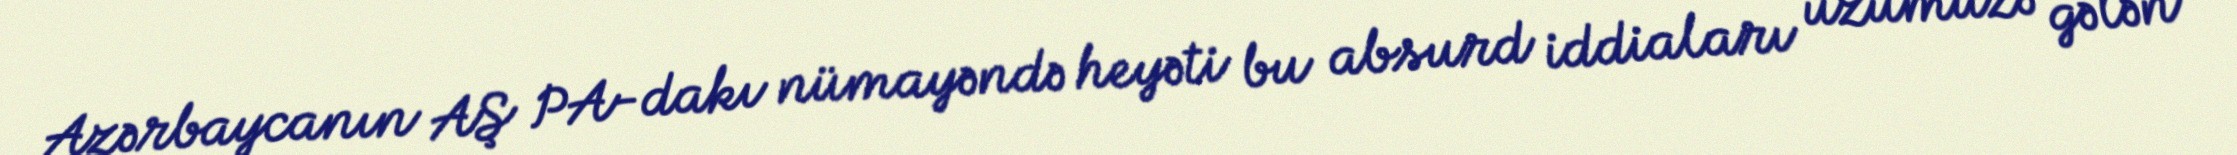
Azərbaycanın AŞ PA-dakı nümayəndə heyəti bu absurd iddiaları üzümüzə gələn